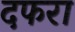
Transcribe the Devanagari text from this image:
दफरा